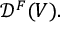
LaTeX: { \mathcal { D } } ^ { F } ( V ) .